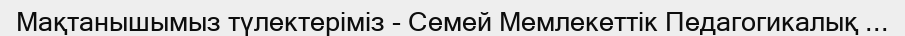
Мақтанышымыз түлектеріміз - Семей Мемлекеттік Педагогикалық ...